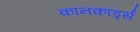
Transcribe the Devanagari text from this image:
कॉनकॉर्ड्स